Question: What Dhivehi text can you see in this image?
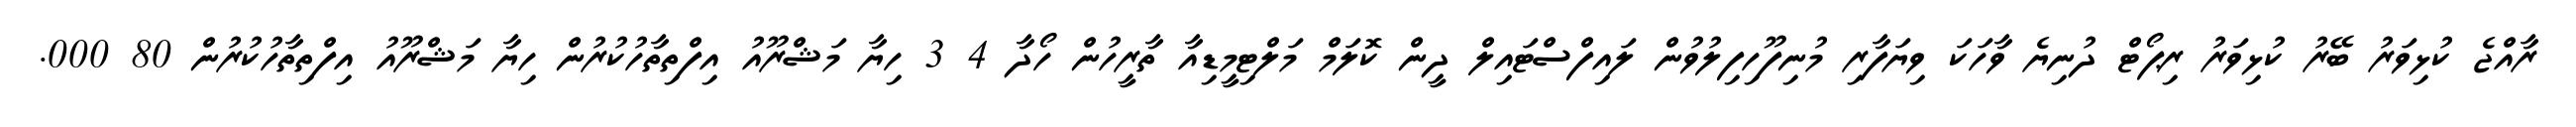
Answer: ރާއްޖެ ކުޅިވަރު ބޭރު ކުޅިވަރު ރިޕޯޓް ދުނިޔެ ވާހަކަ ވިޔަފާރި މުނިފޫހިފިލުވުން ލައިފްސްޓައިލް ދީން ކޮލަމް މަލްޓިމީޑިއާ ތާރީހުން ހޯދާ 4 3 ހިޔާ މަޝްރޫއު އިފްތިތާހުކުރުން ހިޔާ މަޝްރޫއު އިފްތިތާހުކުރުން 80 000.